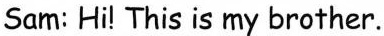
Sam: Hi! This is my brother.